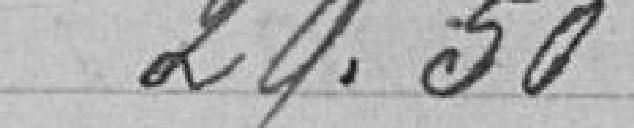
29,50